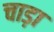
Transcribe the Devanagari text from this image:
चाड़ा